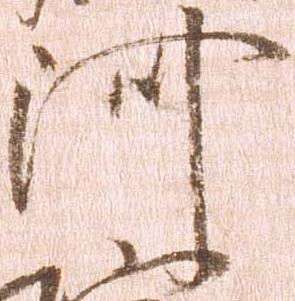
河